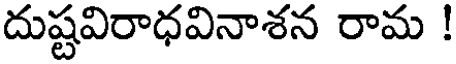
దుష్టవిరాధవినాశన రామ !